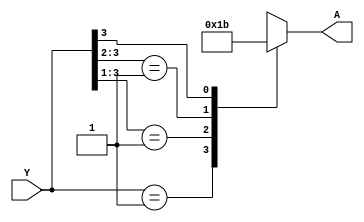
`timescale 1ns / 1ps
//////////////////////////////////////////////////////////////////////////////////
// Company: 
// Engineer: 
// 
// Design Name: 
// Module Name: priority_encoder
// Project Name: 
// Target Devices: 
// Tool Versions: 
// Description: 
// 
// Dependencies: 
// 
// Revision:
// Revision 0.01 - File Created
// Additional Comments:
// 
//////////////////////////////////////////////////////////////////////////////////

module encoder(A, Y);  
input [3:0]Y;  
output reg [1:0]A;  
always@(Y)  
begin  
casex(Y)  
4'b0001 : A = 2'b00;  
4'b001x : A = 2'b01;  
4'b01xx : A = 2'b10;  
4'b1xxx : A = 2'b11;  
default: A = 2'bxx; 
endcase  
end  
endmodule